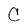
Character: C